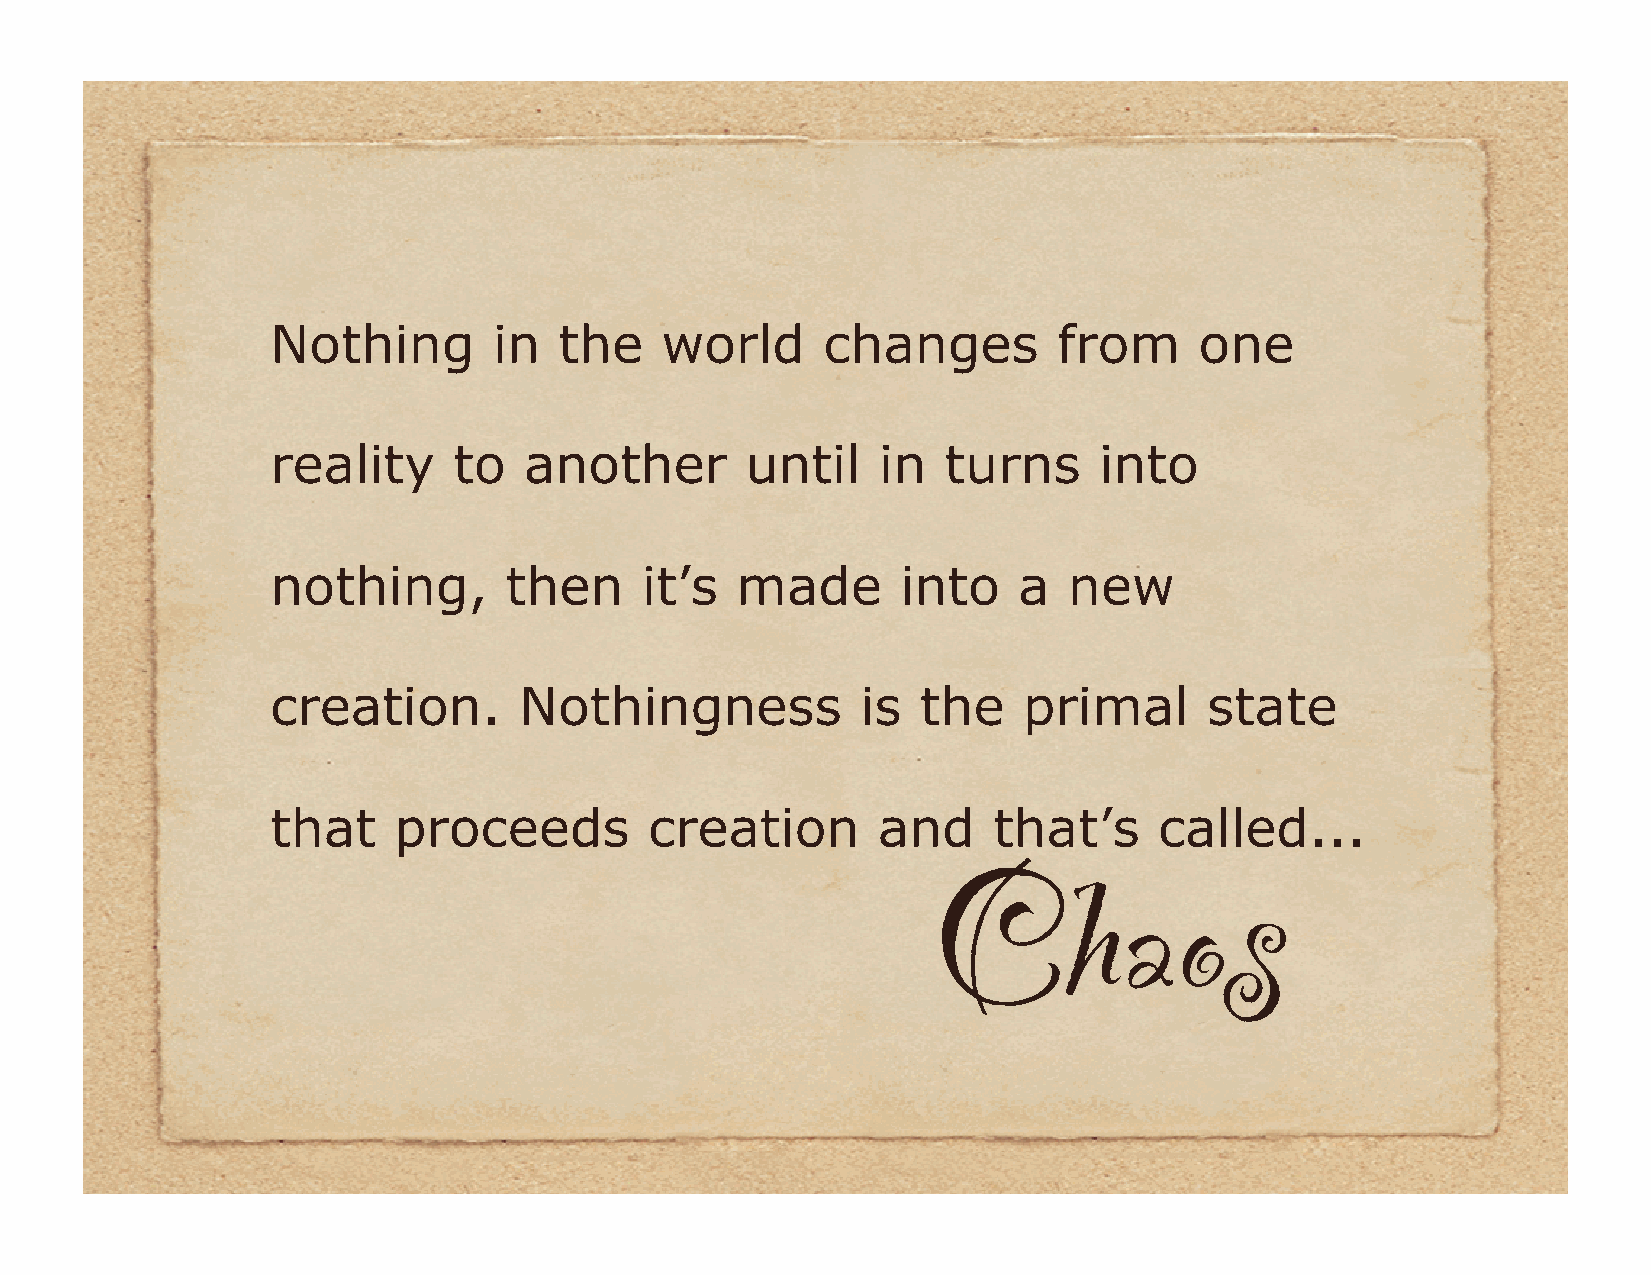
Nothing        in  the    world     changes         from     one
 reality     to   another       until    in   turns     into
 nothing,       then     it’s   made       into   a   new
 creation.       Nothingness            is  the    primal      state
 that    proceeds         creation       and     that’s     called...
 Chaos!